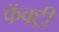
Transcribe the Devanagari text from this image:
फॅक्ट्री